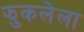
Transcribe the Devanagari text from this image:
झुकलेला